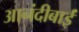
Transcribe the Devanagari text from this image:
आनंदीबाईं